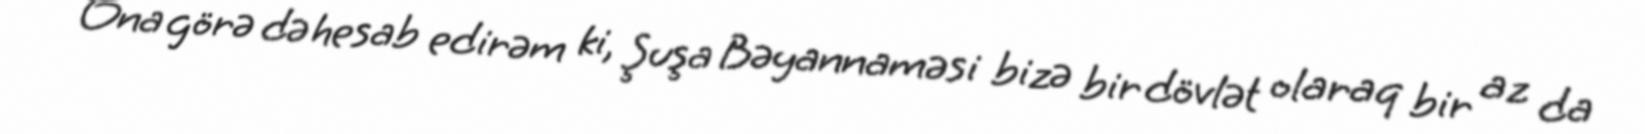
Ona görə də hesab edirəm ki, Şuşa Bəyannaməsi bizə bir dövlət olaraq bir az da